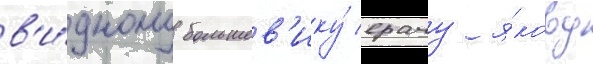
в'и́дному большев'ику́ врачу я́кову